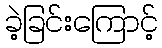
ခဲ့ခြင်းကြောင့်